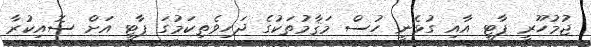
ޖުމުހޫރީ ޕާޓީ އާއި ގުޅެނީ ހުސް މަޤާމުތަކުގެ ދަހިވެތިކަމުގަ ޕާޓީ އަށް ސޮއިކުރާ